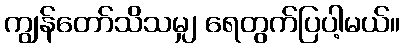
ကျွန်တော်သိသမျှ ရေတွက်ပြပါ့မယ်။